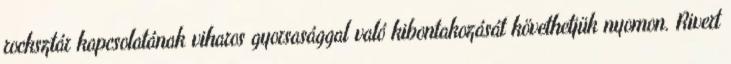
rocksztár kapcsolatának viharos gyorsasággal való kibontakozását követhetjük nyomon. Rivert